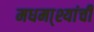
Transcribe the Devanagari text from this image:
मधमा्श्यांची